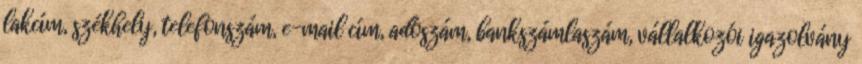
lakcím, székhely, telefonszám, e-mail cím, adószám, bankszámlaszám, vállalkozói igazolvány